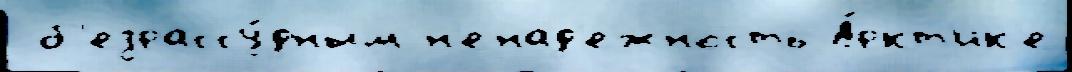
 б'езрассу́дным н'енад'ежность А́ркт'ик'е